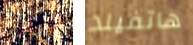
أجني هاتفيلد